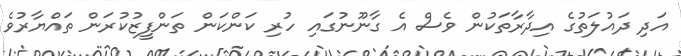
އަދި ދައުލަތުގެ އިދާރާތަކުން ވެސް އެ ގާނޫނުގައި ހުރި ކަންކަން ތަންފީޒުކުރަން ތައްޔާރުވެ